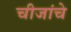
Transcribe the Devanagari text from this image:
चीजांचे